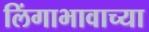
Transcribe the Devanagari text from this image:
लिंगाभावाच्या